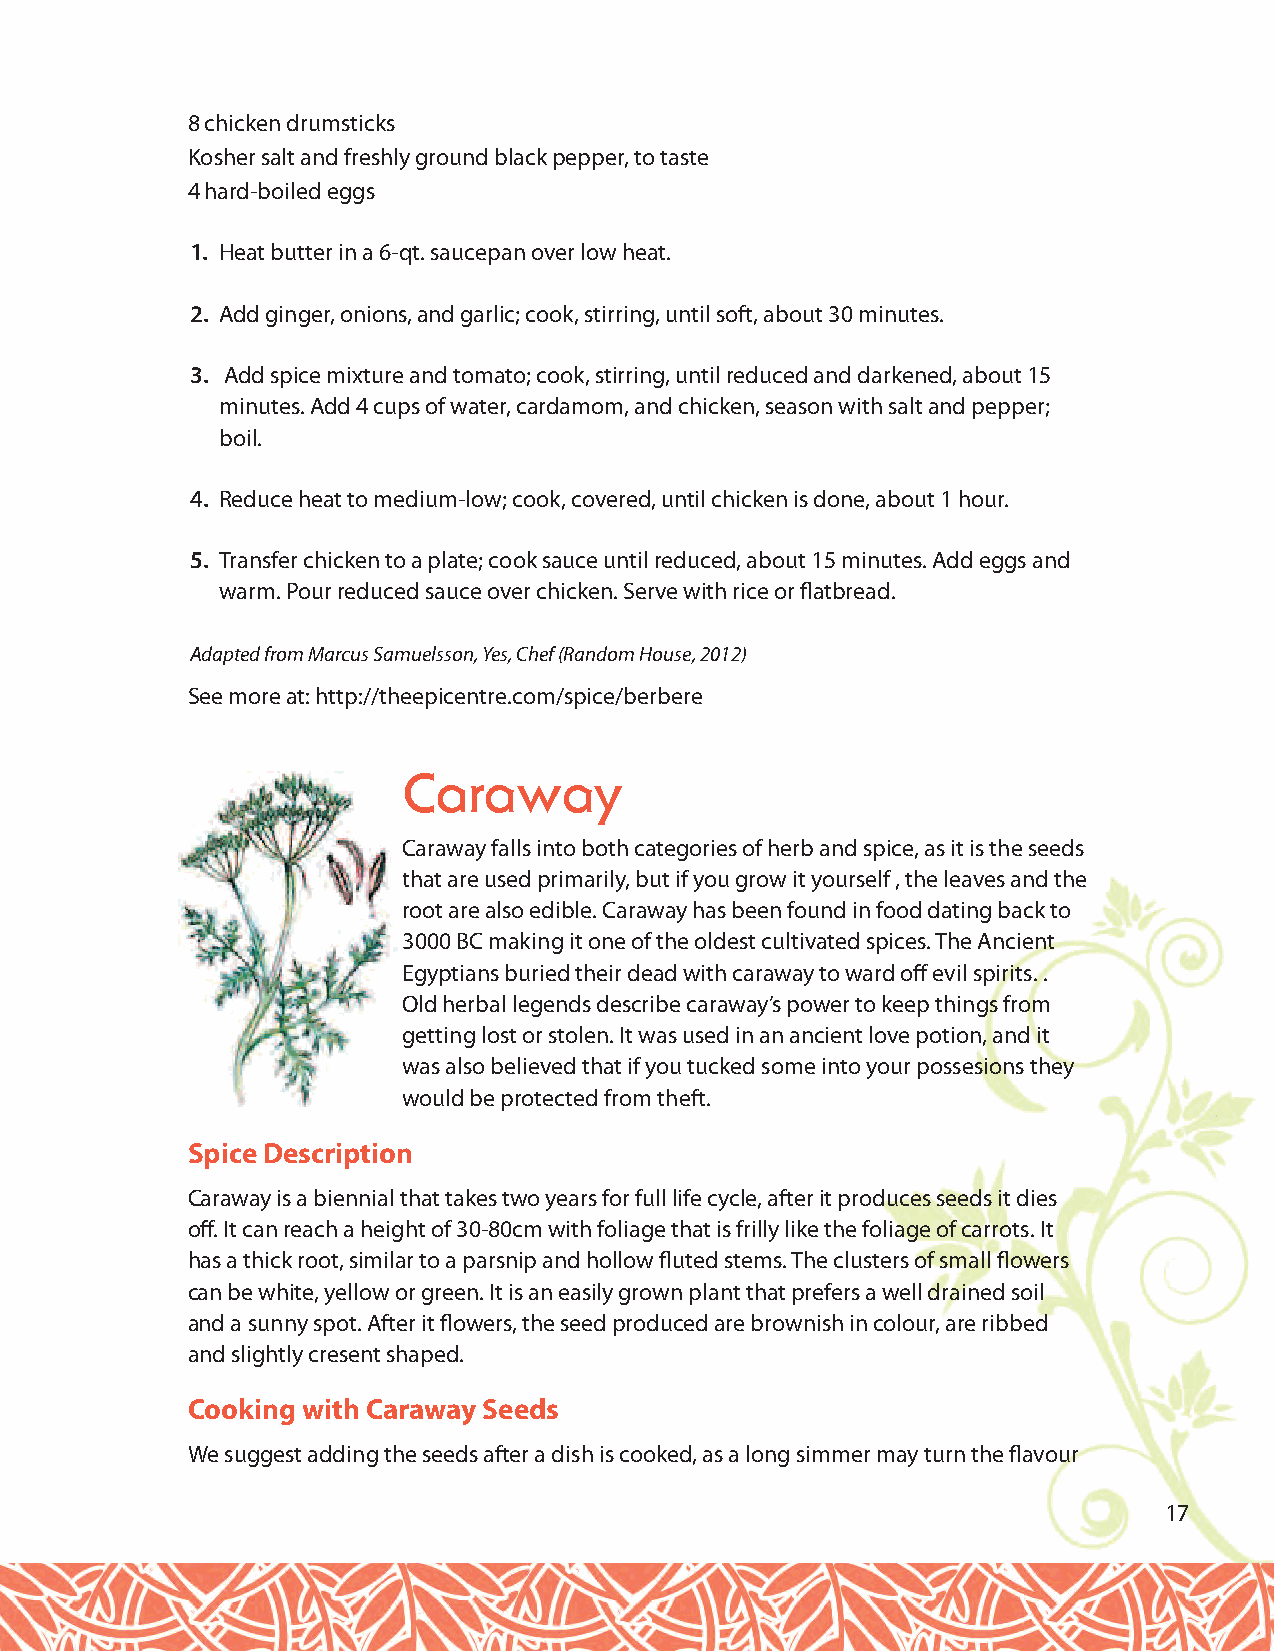
8 chicken drumsticks
 Kosher salt and freshly ground black pepper, to taste
 4 hard-boiled eggs
 1. Heat butter in a 6-qt. saucepan over low heat.
 2. Add ginger, onions, and garlic; cook, stirring, until soft, about 30 minutes.
 3. Add spice mixture and tomato; cook, stirring, until reduced and darkened, about 15
 minutes. Add 4 cups of water, cardamom, and chicken, season with salt and pepper;
 boil.
 4. Reduce heat to medium-low; cook, covered, until chicken is done, about 1 hour.
 5. Transfer chicken to a plate; cook sauce until reduced, about 15 minutes. Add eggs and
 warm. Pour reduced sauce over chicken. Serve with rice or flatbread.
 Adapted from Marcus Samuelsson, Yes, Chef (Random House, 2012)
 See more at: http://theepicentre.com/spice/berbere
 Caraway
 Caraway falls into both categories of herb and spice, as it is the seeds
 that are used primarily, but if you grow it yourself , the leaves and the
 root are also edible. Caraway has been found in food dating back to
 3000 BC making it one of the oldest cultivated spices. The Ancient
 Egyptians buried their dead with caraway to ward off evil spirits. .
 Old herbal legends describe caraway’s power to keep things from
 getting lost or stolen. It was used in an ancient love potion, and it
 was also believed that if you tucked some into your possesions they
 would be protected from theft.
 Spice Description
 Caraway is a biennial that takes two years for full life cycle, after it produces seeds it dies
 off. It can reach a height of 30-80cm with foliage that is frilly like the foliage of carrots. It
 has a thick root, similar to a parsnip and hollow fluted stems. The clusters of small flowers
 can be white, yellow or green. It is an easily grown plant that prefers a well drained soil
 and a sunny spot. After it flowers, the seed produced are brownish in colour, are ribbed
 and slightly cresent shaped.
 Cooking with Caraway Seeds
 We suggest adding the seeds after a dish is cooked, as a long simmer may turn the flavour
 17